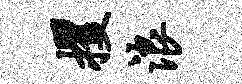
攫浪